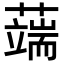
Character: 𦾸